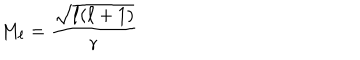
M _ { \ell } = \frac { \sqrt { \ell ( \ell + 1 ) } } { r }